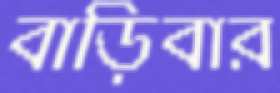
বাড়িবার